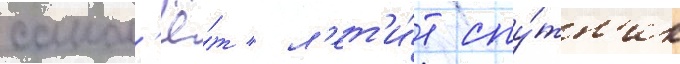
самол'ё́т / л'ет'и́т спу́тн'ик